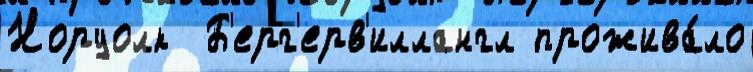
Норуолк  Б'ерг'ерв'иллангл прожива́ло